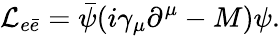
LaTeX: {\cal L}_{e\bar{e}}=\bar{\psi}(i\gamma_{\mu}\partial^{\mu}-M)\psi.